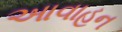
આવાહન